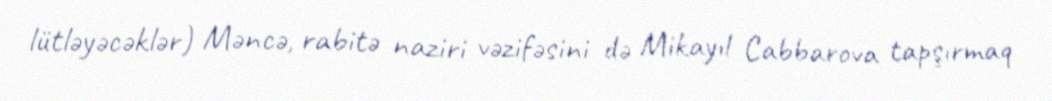
lütləyəcəklər) Məncə, rabitə naziri vəzifəsini də Mikayıl Cabbarova tapşırmaq